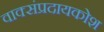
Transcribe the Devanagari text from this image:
वाक्संप्रदायकोश